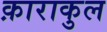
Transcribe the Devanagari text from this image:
क़ाराकुल